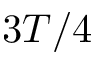
3 T / 4